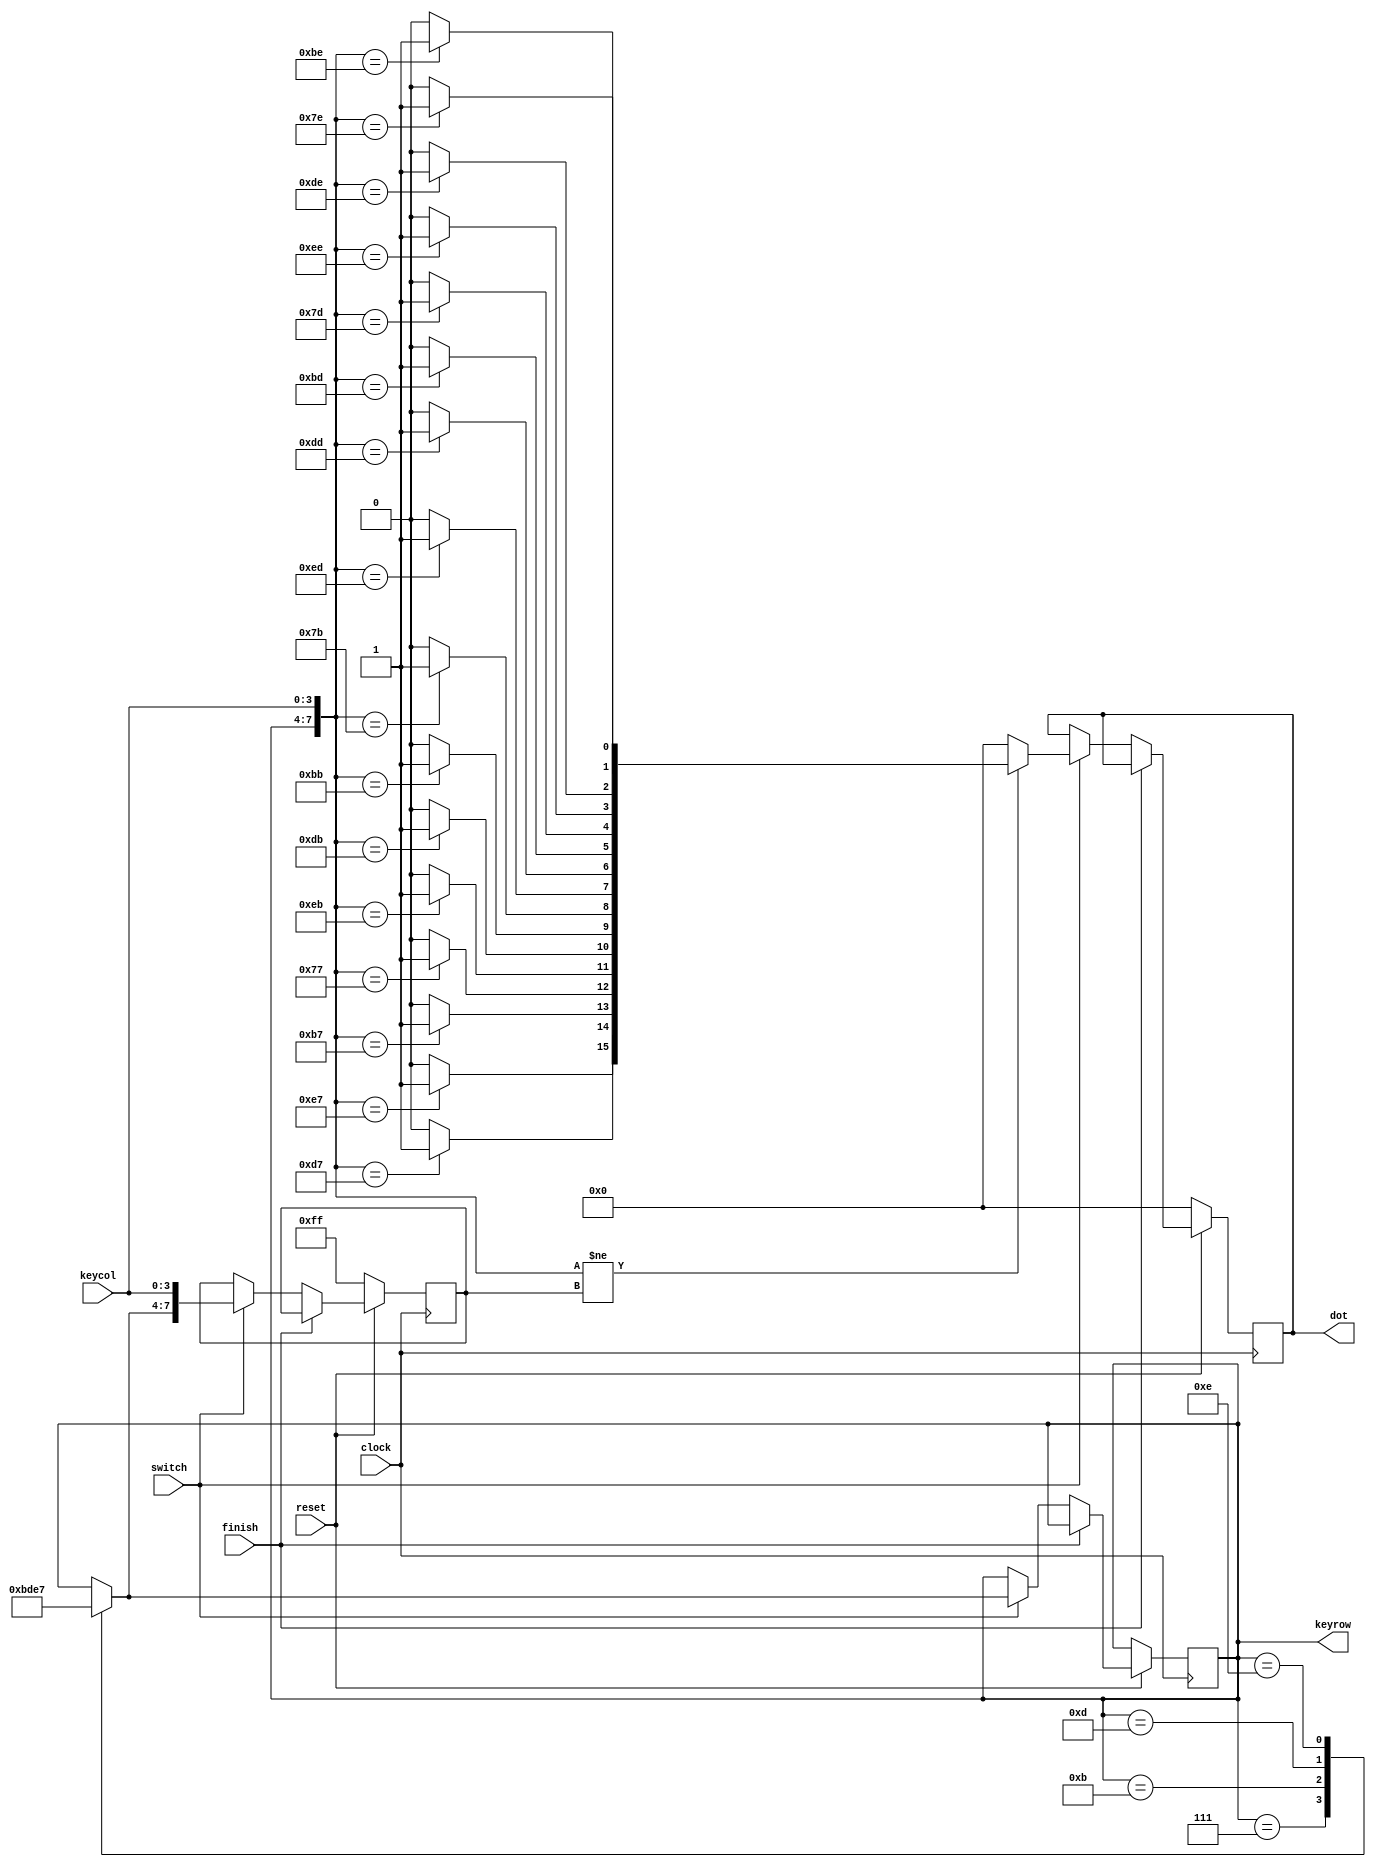
module keypad (clock, reset, finish, switch, keycol, keyrow, dot);
	input clock, reset, finish, switch;
	input [3:0] keycol;
	output reg [3:0] keyrow;
	output reg [15:0] dot;

	reg [7:0] pre;

	initial begin
		keyrow = 4'b0111;
		dot = 16'b0000000000000000;
		pre = 8'b11111111;
	end

	always @(posedge clock) begin
		if (!reset) begin
			dot = 16'b0000000000000000;
			pre  = 8'b11111111;
		end
		else if (finish) begin
		end
		else if (switch) begin
			dot = 16'b0000000000000000;
			if ({keyrow, keycol} != pre) begin
				case ({keyrow, keycol})
					8'b11100111:	dot[15] = 1; // 0
					8'b11101011:	dot[11] = 1; // 1
					8'b11011011:	dot[10] = 1; // 2
					8'b10111011:	dot[9]  = 1; // 3
					8'b11101101:	dot[7]  = 1; // 4
					8'b11011101:	dot[6]  = 1; // 5
					8'b10111101:	dot[5]  = 1; // 6
					8'b11101110:	dot[3]  = 1; // 7
					8'b11011110:	dot[2]  = 1; // 8
					8'b10111110:	dot[1]  = 1; // 9
					8'b11010111:	dot[14] = 1; // A
					8'b10110111:	dot[13] = 1; // B
					8'b01111110:	dot[0]  = 1; // C
					8'b01111101:	dot[4]  = 1; // D
					8'b01111011:	dot[8]  = 1; // E
					8'b01110111:	dot[12] = 1; // F
					default:;
				endcase
			end
			else begin
			end
			case (keyrow)
				4'b0111:	keyrow = 4'b1011;
				4'b1011:	keyrow = 4'b1101;
				4'b1101:	keyrow = 4'b1110;
				4'b1110:	keyrow = 4'b0111;
				default:;
			endcase
			pre = {keyrow, keycol};
		end
		else begin
		end
	end
endmodule